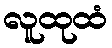
လူထုထံ